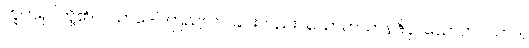
ဘူတရုပ်တို့၏။ ပသာဒေါ၊ ကြည်လင်ခြင်းတည်း။ သောတဃာနဇိဝှါ၊ သောတပသာဒ,